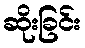
ဆိုးခြင်း